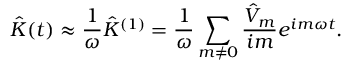
\hat { K } ( t ) \approx \frac { 1 } { \omega } \hat { K } ^ { ( 1 ) } = \frac { 1 } { \omega } \sum _ { m \neq 0 } \frac { \hat { V } _ { m } } { i m } e ^ { i m \omega t } .